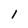
Character: 1